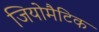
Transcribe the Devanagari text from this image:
जियोमैटिक